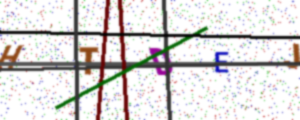
Text: HTDEJ